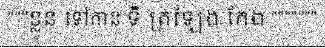
"""ខ្លួន ទៅកាន់ ទី ត្រឡែង កែង """""""